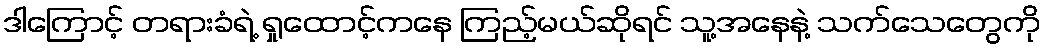
ဒါကြောင့် တရားခံရဲ့ ရှုထောင့်ကနေ ကြည့်မယ်ဆိုရင် သူ့အနေနဲ့ သက်သေတွေကို